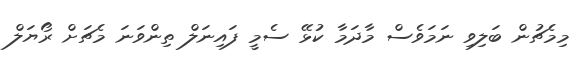
މިމެޗުން ބަލިވި ނަމަވެސް މާދަމާ ކުޅޭ ސެމީ ފައިނަލް ތިންވަނަ މެޗަށް ރޯޔަލް